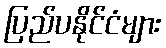
ပြည်ပနိုင်ငံများ